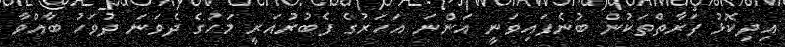
އިދިކޮޅު ފަރާތްތަކުން ބުނެފައިވަނީ އަންނަ އަހަރުގެ ފެބުރުއަރީ މަހުގެ ދެވަނަ ދުވަހު ބާއްވާ